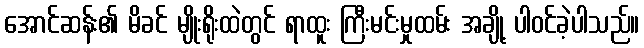
အောင်ဆန်း၏ မိခင် မျိုးရိုးထဲတွင် ရာထူး ကြီးမင်းမှုထမ်း အချို့ ပါဝင်ခဲ့ပါသည်။